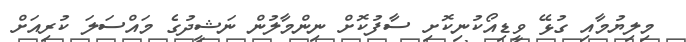
މިލިޔުމާއި ގުޅޭ ވީޑިއޯކުނިކޮށި ސާފުކޮށް ނިންމާލުން ނަޝީދުގެ މައްސަލަ ކުރިއަށް